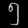
Digit: ၅